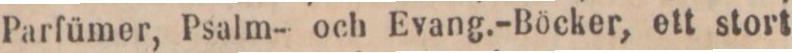
Parfümer, Psalm- och Evang.-Böcker, ett stort